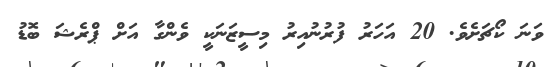
ވަނަ ކޯޗަށެވެ. 20 އަހަރު ފުރުނުއިރު މިސީޒަނަކީ ވެންގާ އަށް ޕްރެޝަ ބޮޑު